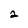
Character: 2